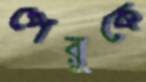
পেরুকে